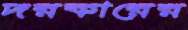
দরকারের